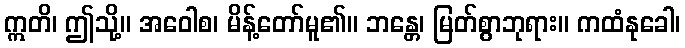
ဣတိ၊ ဤသို့။ အဝေါစ၊ မိန့်တော်မူ၏။ ဘန္တေ၊ မြတ်စွာဘုရား။ ကထံနုခေါ၊